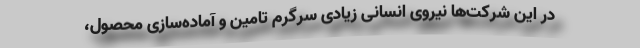
در این شرکت‌ها نیروی انسانی زیادی سرگرم تامین و آماده‌سازی محصول،